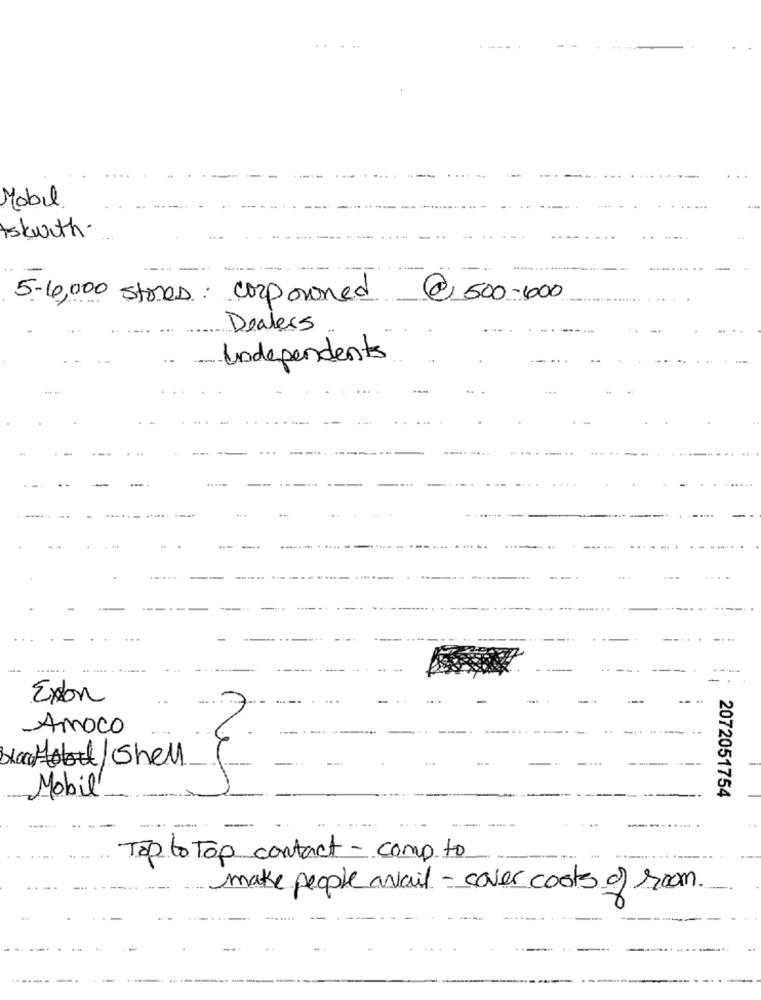
Mobil
skwith.
5-6,000 stores: corpowned
@ 500-1000
Dealers
Independents
--
- -
Exton
Amoco
..
black /shell
1-
2072051754
Mobil!
Top to Top contact - comp to
make people avail - cover costs of room.
----